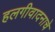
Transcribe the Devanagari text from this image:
हलगीवादनाचे